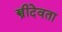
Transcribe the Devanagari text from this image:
स्त्रीदेवता